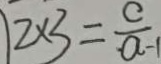
1 2 \times 3 = \frac { c } { a - 1 }